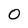
Character: 0